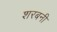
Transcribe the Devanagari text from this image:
शरबनी